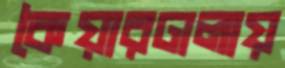
কৈয়ারঢালায়